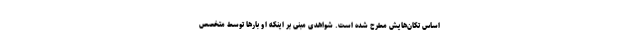
اساس تکان‌هایش مطرح شده است. شواهدی مبنی بر اینکه او بارها توسط متخصص